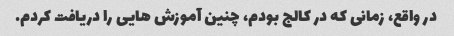
در واقع، زمانی که در کالج بودم، چنین آموزش هایی را دریافت کردم.